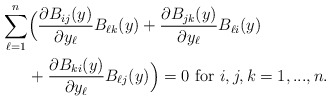
\begin{align*} \begin{aligned}\sum\limits_{\ell=1}^n &\Big( \frac{\partial B_{ij}(y)}{ \partial y_\ell} B_{\ell k}(y) + \frac{\partial B_{jk}(y)}{\partial y_\ell} B_{\ell i}(y) \\ & + \frac{\partial B_{ki}(y)}{ \partial y_\ell} B_{\ell j} (y) \Big) = 0 \textrm{ for } i,j,k=1,...,n.\end{aligned}\end{align*}